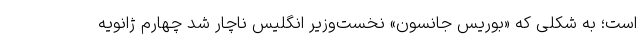
است؛ به شکلی که «بوریس جانسون» نخست‌وزیر انگلیس ناچار شد چهارم ژانویه